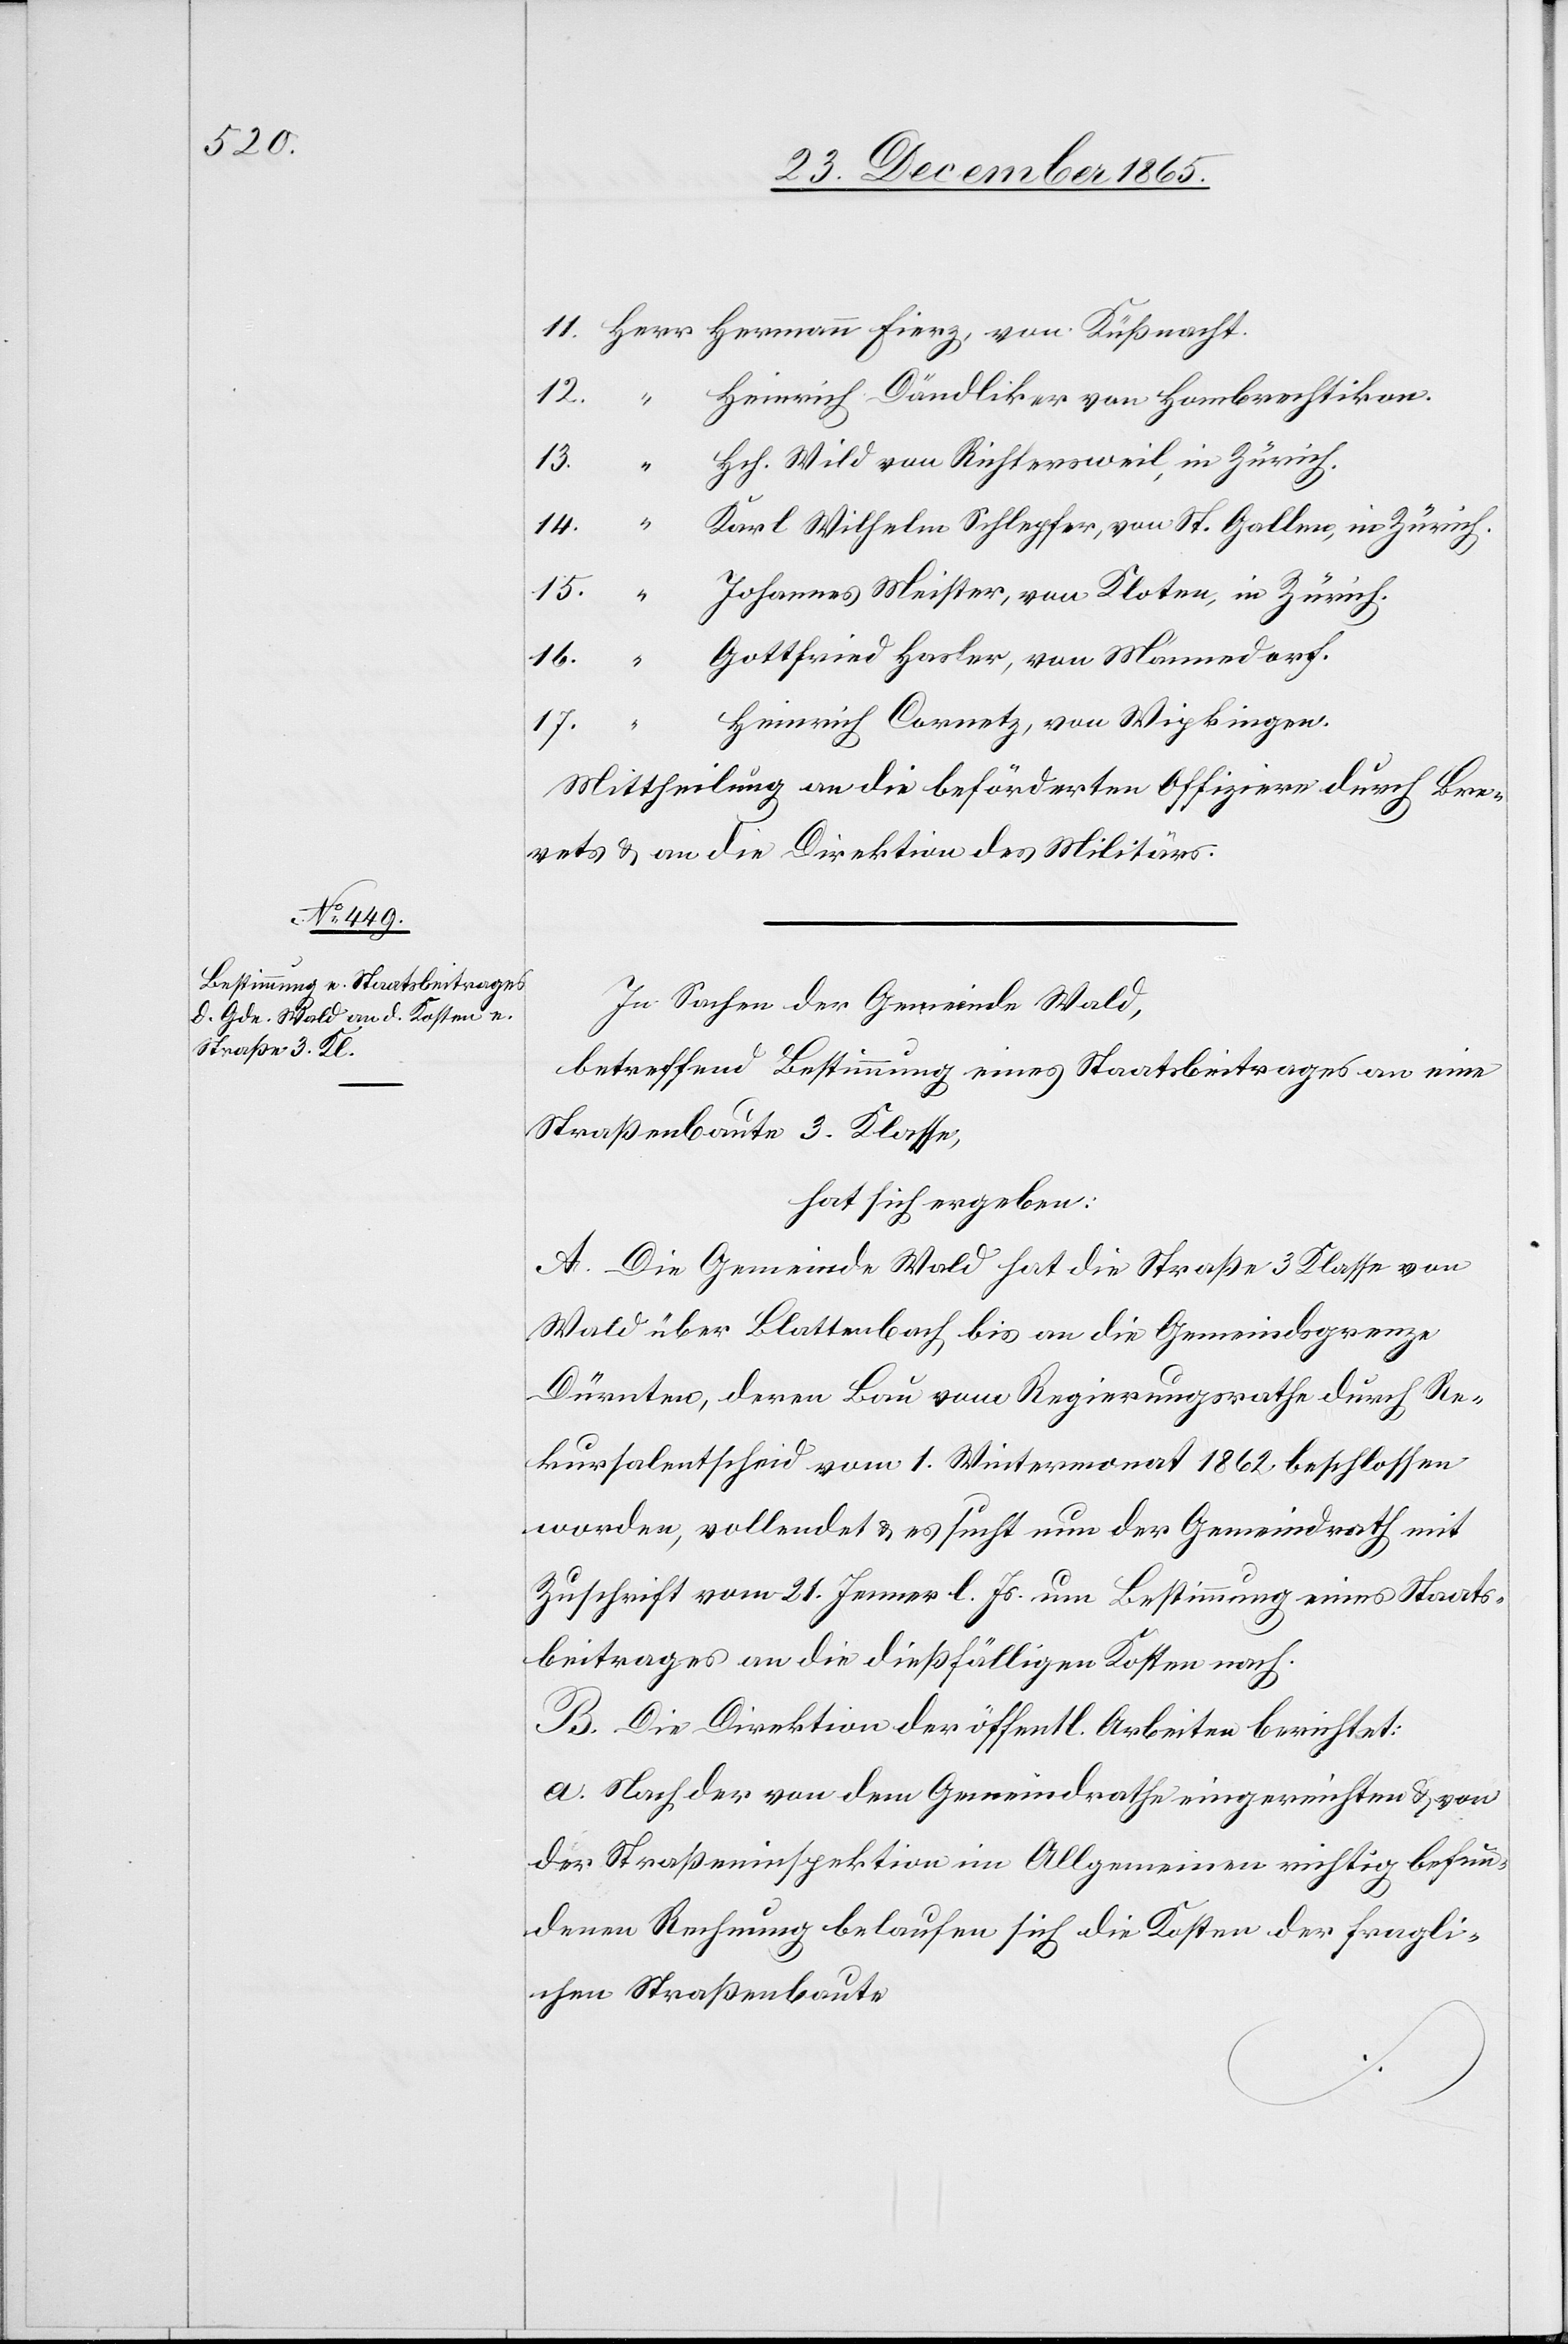
Heinrich Dändliker von Hombrechtikon.
Hch. Wild von Richtersweil, in Zürich.
Johannes Meister, von Kloten, in Zürich.
Gottfried Hasler, von Männedorf.
Heinrich Cornetz, von Wipkingen.
14.
17.
Mittheilung an die beförderten Offiziere durch Bre¬
vets & an die Direktion des Militärs.
In Sachen der Gemeinde Wald,
betreffend Bestimmung eines Staatsbeitrages an eine
Straßenbaute 3. Klasse,
hat sich ergeben:
A. Die Gemeinde Wald hat die Straße 3. Klasse von
Wald über Blattenbach bis an die Gemeindsgrenze
Dürnten, deren Bau vom Regierungsrathe durch Re¬
kursalentscheid vom 1. Wintermonat 1862 beschlossen
worden, vollendet & es sucht nun der Gemeindrath mit
Zuschrift vom 21. Januar l. Js. um Bestimmung eines Staats¬
beitrages an die dießfälligen Kosten nach.
B. Die Direktion der öffentl. Arbeiten berichtet:
a. Nach der von dem Gemeindrathe eingereichten & von
der Straßeninspektion im Allgemeinen richtig befun¬
denen Rechnung belaufen sich die Kosten der fragli¬
chen Straßenbaute